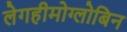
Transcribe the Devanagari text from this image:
लेगहीमोग्लोबिन